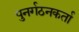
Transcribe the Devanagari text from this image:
पुनर्गठनकर्ता